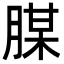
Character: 腜